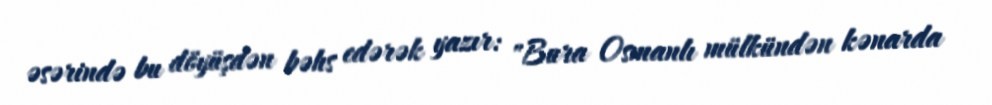
əsərində bu döyüşdən bəhs edərək yazır: "Bura Osmanlı mülkündən kənarda